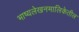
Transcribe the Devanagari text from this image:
भाष्यलेखनमालिकेतील